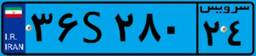
۳۶S۲۸۰۲۴